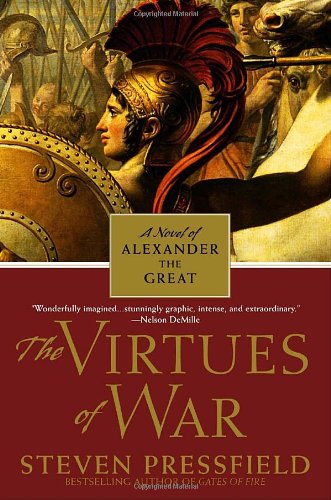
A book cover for The Virtues of War: A Novel of Alexander the Great; Steven Pressfield; Literature & Fiction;